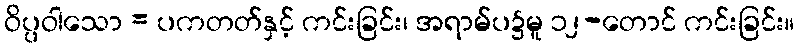
ဝိပ္ပဝါသော = ပကတတ်နှင့် ကင်းခြင်း၊ အရာမ်ပ၌မူ ၁၂-တောင် ကင်းခြင်း။